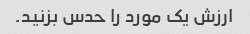
ارزش یک مورد را حدس بزنید.